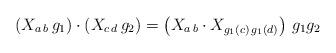
LaTeX: \begin{align*}\left( X_{a\,b}\,g_{1} \right) \cdot \left( X_{c\,d}\,g_{2} \right) = \left( X_{a\,b}\cdot X_{g_{1}(c)\,g_{1}(d)} \right)\, g_{1}g_{2}\end{align*}